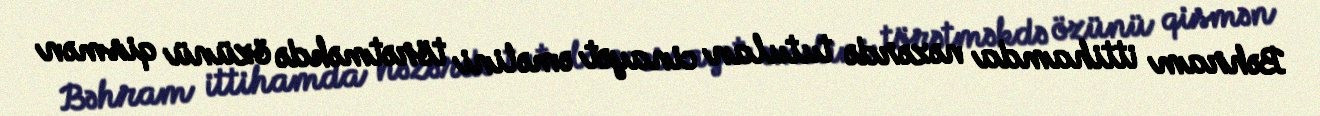
Bəhram ittihamda nəzərdə tutulan cinayət əməlini törətməkdə özünü qismən